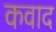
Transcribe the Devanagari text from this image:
कवाद